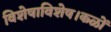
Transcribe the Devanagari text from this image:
विशेषाविशेष।कळों